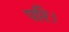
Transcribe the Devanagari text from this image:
परि।